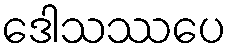
ဒေါသဿပေ